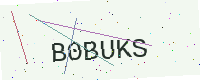
Text: B0BUKS